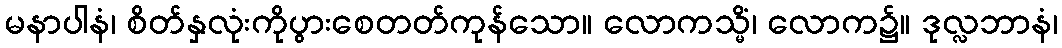
မနာပါနံ၊ စိတ်နှလုံးကိုပွားစေတတ်ကုန်သော။ လောကသ္မိံ၊ လောက၌။ ဒုလ္လဘာနံ၊